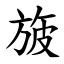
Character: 旇